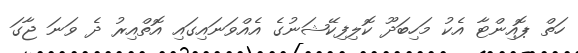
ހަތް ޕޮއިންޓާ އެކު މަހިބަދޫ ކޮލިފިކޭޝަނުގެ އެއްވަނައިގައި އޮތްއިރު ދެ ވަނަ ޖާގަ